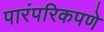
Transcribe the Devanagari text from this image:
पारंपरिकपणे